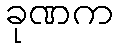
ခုဏက